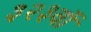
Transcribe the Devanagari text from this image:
३२३वॉ